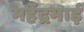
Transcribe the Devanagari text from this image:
महेंद्रभाई